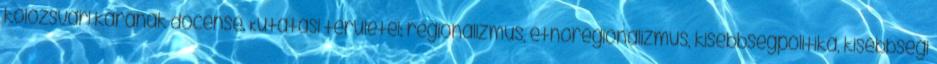
kolozsvári karának docense. Kutatási területei: regionalizmus, etnoregionalizmus, kisebbségpolitika, kisebbségi